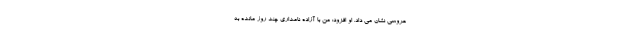
عروسی نشان می داد. او افزود: من با آزاده نامداری چند روز مانده به